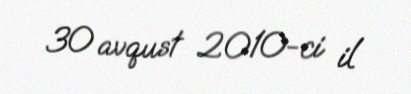
30 avqust 2010-ci il